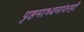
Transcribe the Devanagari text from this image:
पृष्ठमाध्यमांवरही